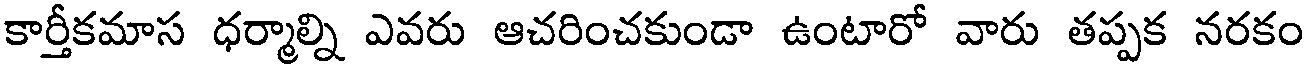
కార్తీకమాస ధర్మాల్ని ఎవరు ఆచరించకుండా ఉంటారో వారు తప్పక నరకం